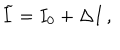
LaTeX: \widetilde { I } = I _ { 0 } + \Delta I \, ,